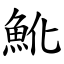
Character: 魤